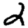
Digit: 2